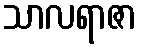
သာလရာဇာ